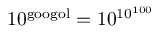
1 0 ^ { \mathrm { g o o g o l } } = 1 0 ^ { 1 0 ^ { 1 0 0 } }